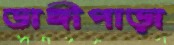
ডাঙ্গীপাড়া